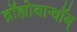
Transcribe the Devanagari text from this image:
ब्रॉह्मोबान्धॉब्